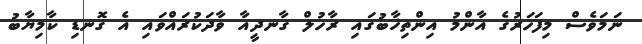
ނަމަވެސް މިފަހަރުގެ އާންމު އިންތިޚާބުގައި ރާހުލް ގާނދީއާ ވާދަކުރައްވައި އެ ގޮނޑި ކާމިޔާބު